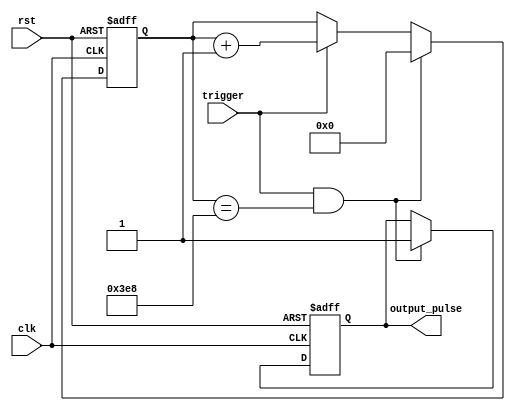
module one_shot_timer (
    input wire clk,
    input wire rst,
    input wire trigger,
    output reg output_pulse
);

reg [31:0] counter;
reg [31:0] delay_value = 1000; //preset delay value

always @(posedge clk or posedge rst) begin
    if (rst) begin
        counter <= 0;
        output_pulse <= 0;
    end
    else if (trigger && (counter == delay_value)) begin
        output_pulse <= 1;
        counter <= 0;
    end
    else if (trigger) begin
        counter <= counter + 1;
    end
end

endmodule